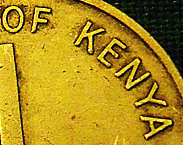
OF KENYA